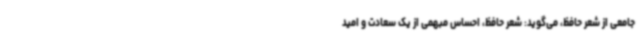
جامعی از شعر حافظ، می‌گوید: شعر حافظ، احساس مبهمی از یک سعادت و امید